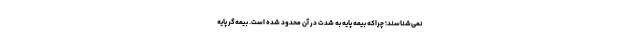
نمی‌شناسند؛ چراکه بیمه پایه به شدت در آن محدود شده است. بیمه‌گر پایه